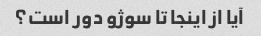
آیا از اینجا تا سوژو دور است؟